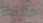
حلاقة